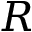
R